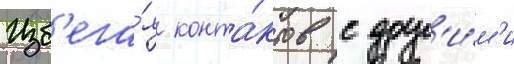
Изб'ега́я конта́ктов с друг'и́м'и